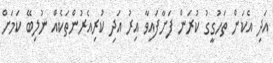
އަދި އެކަން ތަހުގީގު ކުރަން ފަށާފައިވާ އިރު އަދި ކުރިއެރުންތަކެއް ނުލިބޭ ކަމަށް